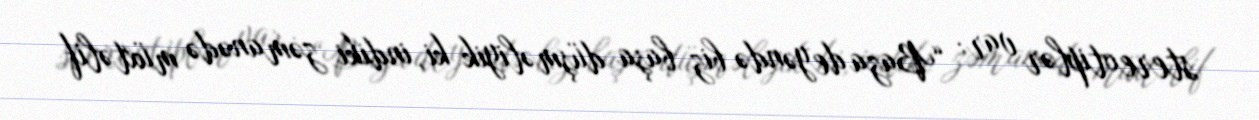
stereotiplər var: “Baza deyəndə biz başa düşməliyik ki, indiki zəmanədə müxtəlif